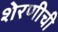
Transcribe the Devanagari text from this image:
शेरणीची